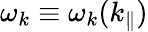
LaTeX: \omega_{k}\equiv\omega_{k}(k_{\parallel})